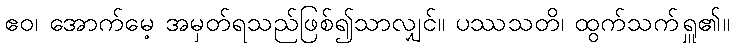
ဧဝ၊ အောက်မေ့ အမှတ်ရသည်ဖြစ်၍သာလျှင်။ ပဿသတိ၊ ထွက်သက်ရှူ၏။